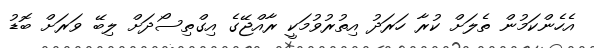
އެހެންކަމުން ތެލަށް ކުރާ ހަރަދު އިތުރުވުމަކީ ރާއްޖޭގެ އިގްތިސޯދަށް ލިބޭ ވަރަށް ބޮޑު